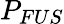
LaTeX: P_{FUS}